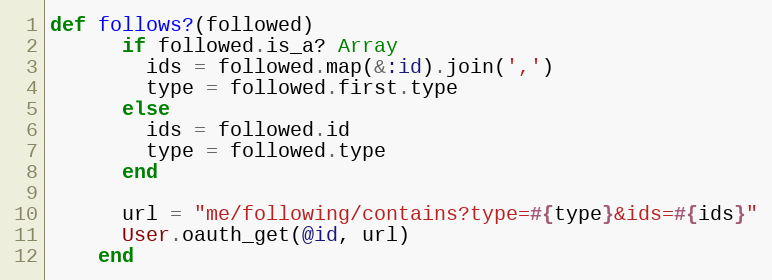
Language: Ruby
def follows?(followed)
      if followed.is_a? Array
        ids = followed.map(&:id).join(',')
        type = followed.first.type
      else
        ids = followed.id
        type = followed.type
      end

      url = "me/following/contains?type=#{type}&ids=#{ids}"
      User.oauth_get(@id, url)
    end